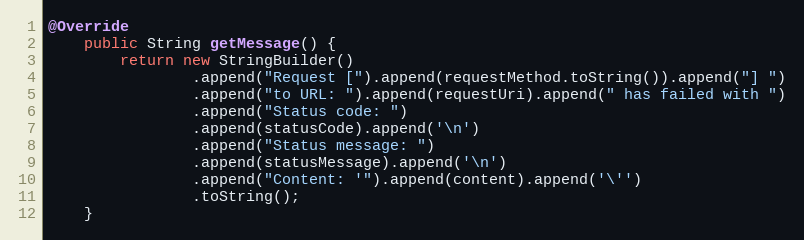
Language: Java
@Override
    public String getMessage() {
        return new StringBuilder()
                .append("Request [").append(requestMethod.toString()).append("] ")
                .append("to URL: ").append(requestUri).append(" has failed with ")
                .append("Status code: ")
                .append(statusCode).append('\n')
                .append("Status message: ")
                .append(statusMessage).append('\n')
                .append("Content: '").append(content).append('\'')
                .toString();
    }